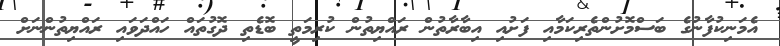
އެމަނިކުފާނުގެ ބަސްމޮށުންތެރިކަމާއި ފަށުއި އިބާރާތުން ރައްޔިތުން ކުރިމަތީ ބޮޑެތި ދޮގުތައް ހައްދަވައި ރައްޔިތުންނަށް